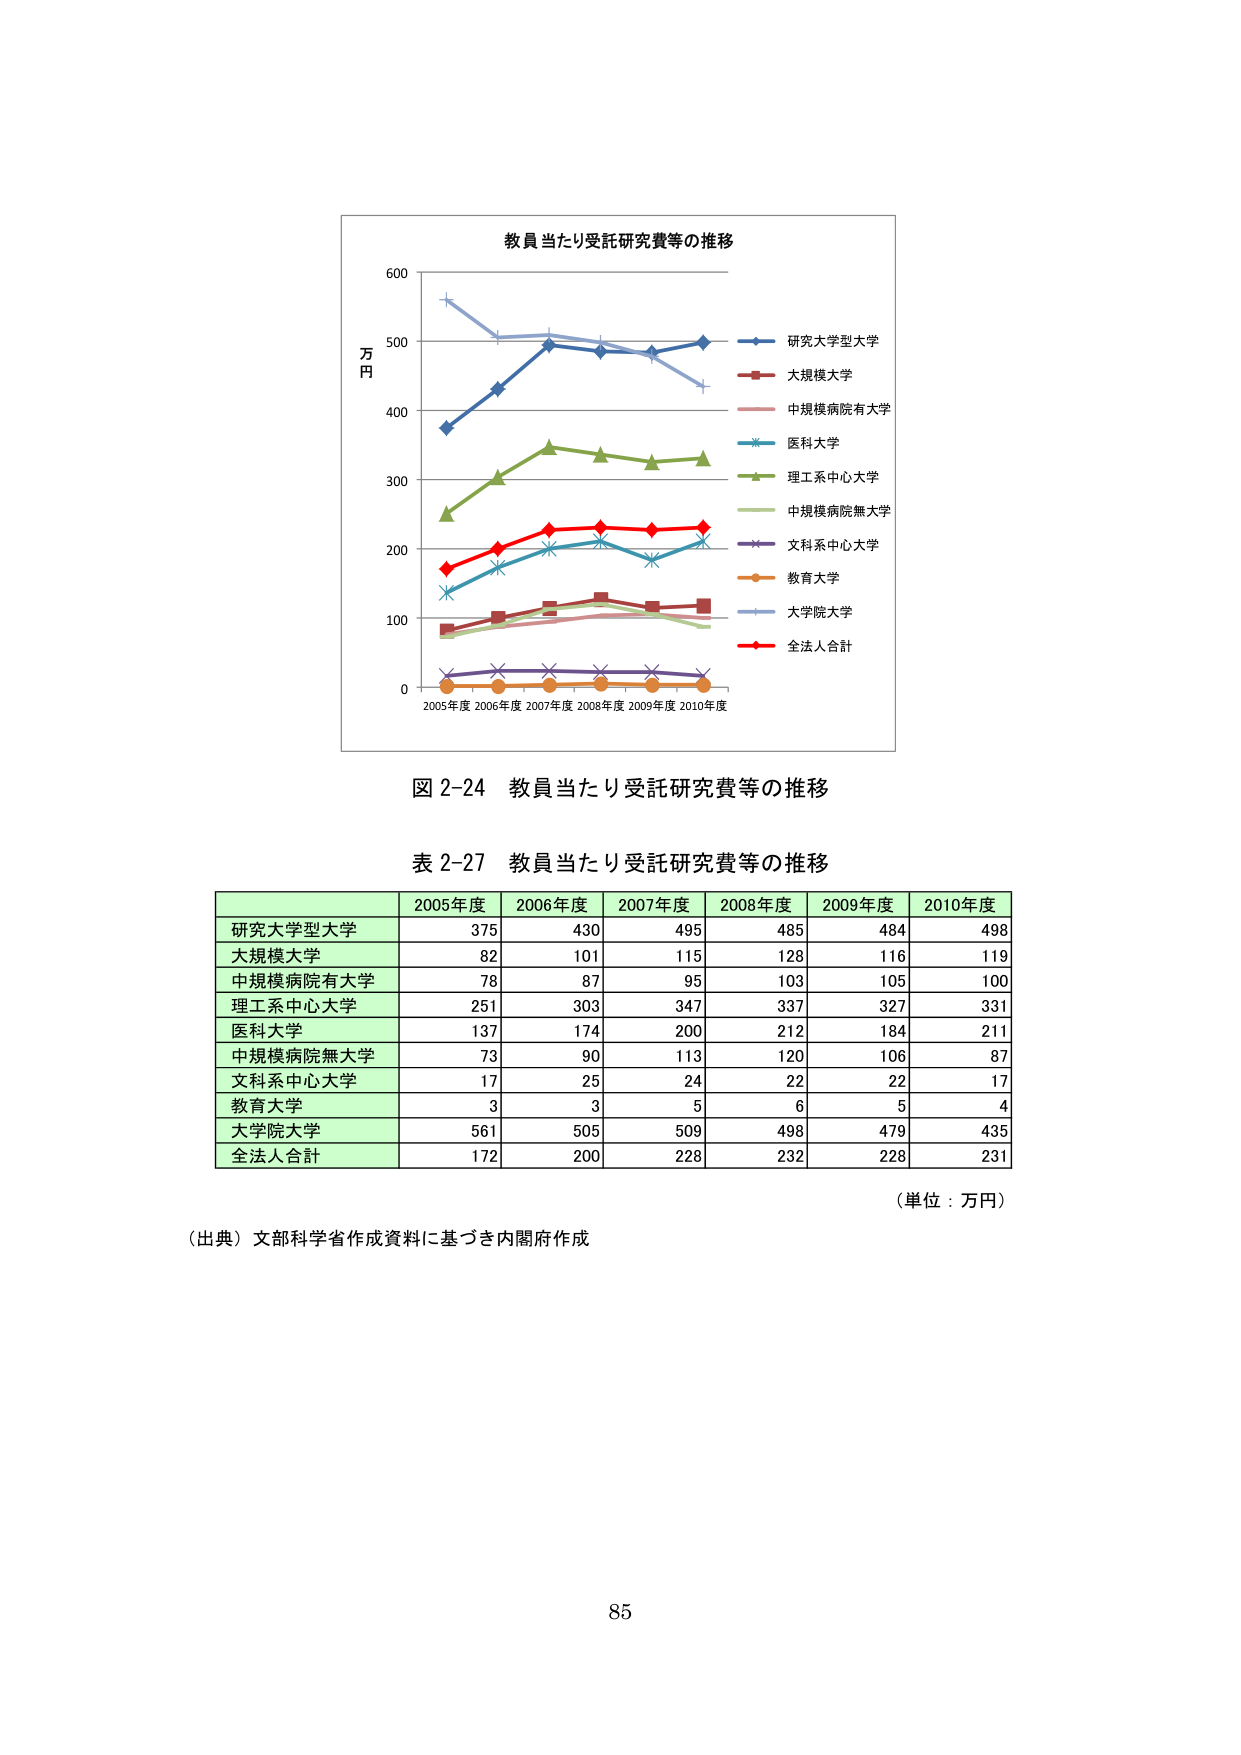
教員当たり受託研究費等の推移
万円
2005年度 2006年度 2007年度 2008年度 2009年度 2010年度
研究大学型大学
大規模大学
中規模病院有大学
医科大学
理工系中心大学
中規模病院無大学
文科系中心大学
教育大学
大学院大学
全法人合計
図 2-24 教員当たり受託研究費等の推移
表 2-27 教員当たり受託研究費等の推移
2005年度 2006年度 2007年度 2008年度 2009年度 2010年度
研究大学型大学 375 430 495 485 484 498
大規模大学 82 101 115 128 116 119
中規模病院有大学 78 87 95 103 105 100
理工系中心大学 251 303 347 337 327 331
医科大学 137 174 200 212 184 211
中規模病院無大学 73 90 113 120 106 87
文科系中心大学 17 25 24 22 22 17
教育大学 3 3 5 6 5 4
大学院大学 561 505 509 498 479 435
全法人合計 172 200 228 232 228 231
（単位：万円）
（出典）文部科学省作成資料に基づき内閣府作成
85